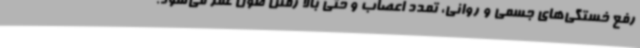
رفع خستگی‌های جسمی و روانی، تمدد اعصاب و حتی بالا رفتن طول عمر می‌شود.